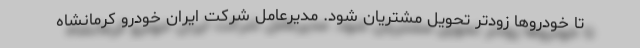
تا خودروها زودتر تحویل مشتریان شود. مدیرعامل شرکت ایران خودرو کرمانشاه